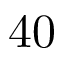
4 0